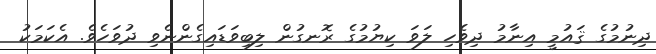
ދިނުމުގެ ޤައުމީ އިނާމު ދިވެހި ލަވަ ކިޔުމުގެ ރޮނގުން ލިބިވަޑައިގެންނެވި ދުވަހެވެ. އެކަމަކު